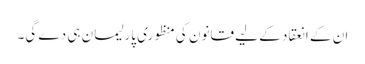
ان کے انعقاد کے لیے قانون کی منظوری پارلیمان ہی دے گی۔